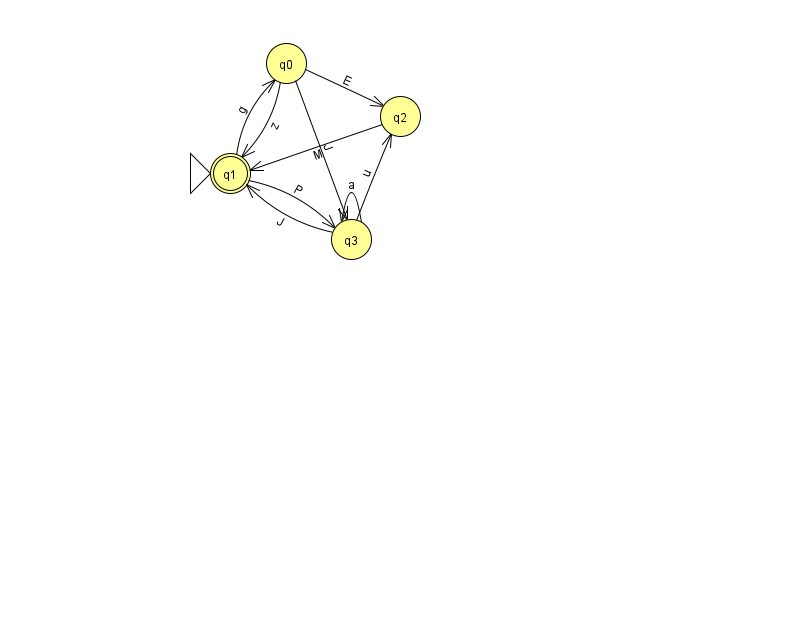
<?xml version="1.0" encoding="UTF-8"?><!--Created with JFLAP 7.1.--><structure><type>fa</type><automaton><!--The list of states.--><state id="0" name="q0"><x>286.0</x><y>50.0</y></state><state id="1" name="q1"><x>230.0</x><y>160.0</y><initial/><final/></state><state id="2" name="q2"><x>400.0</x><y>103.0</y></state><state id="3" name="q3"><x>351.0</x><y>226.0</y></state><!--The list of transitions.--><transition><from>3</from><to>1</to><read>J</read></transition><transition><from>3</from><to>3</to><read>a</read></transition><transition><from>0</from><to>1</to><read>z</read></transition><transition><from>0</from><to>2</to><read>E</read></transition><transition><from>0</from><to>3</to><read>J</read></transition><transition><from>2</from><to>1</to><read>M</read></transition><transition><from>1</from><to>3</to><read>P</read></transition><transition><from>3</from><to>2</to><read>u</read></transition><transition><from>1</from><to>0</to><read>g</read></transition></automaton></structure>